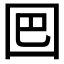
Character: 𡇃